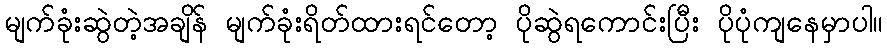
မျက်ခုံးဆွဲတဲ့အချိန် မျက်ခုံးရိတ်ထားရင်တော့ ပိုဆွဲရကောင်းပြီး ပိုပုံကျနေမှာပါ။